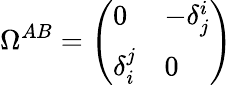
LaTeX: \Omega^{AB}=\left(\begin{array}{ll}{{0}}&{{-\delta_{j}^{i}}}\\ {{\delta_{i}^{j}}}&{{0}}\end{array}\right)